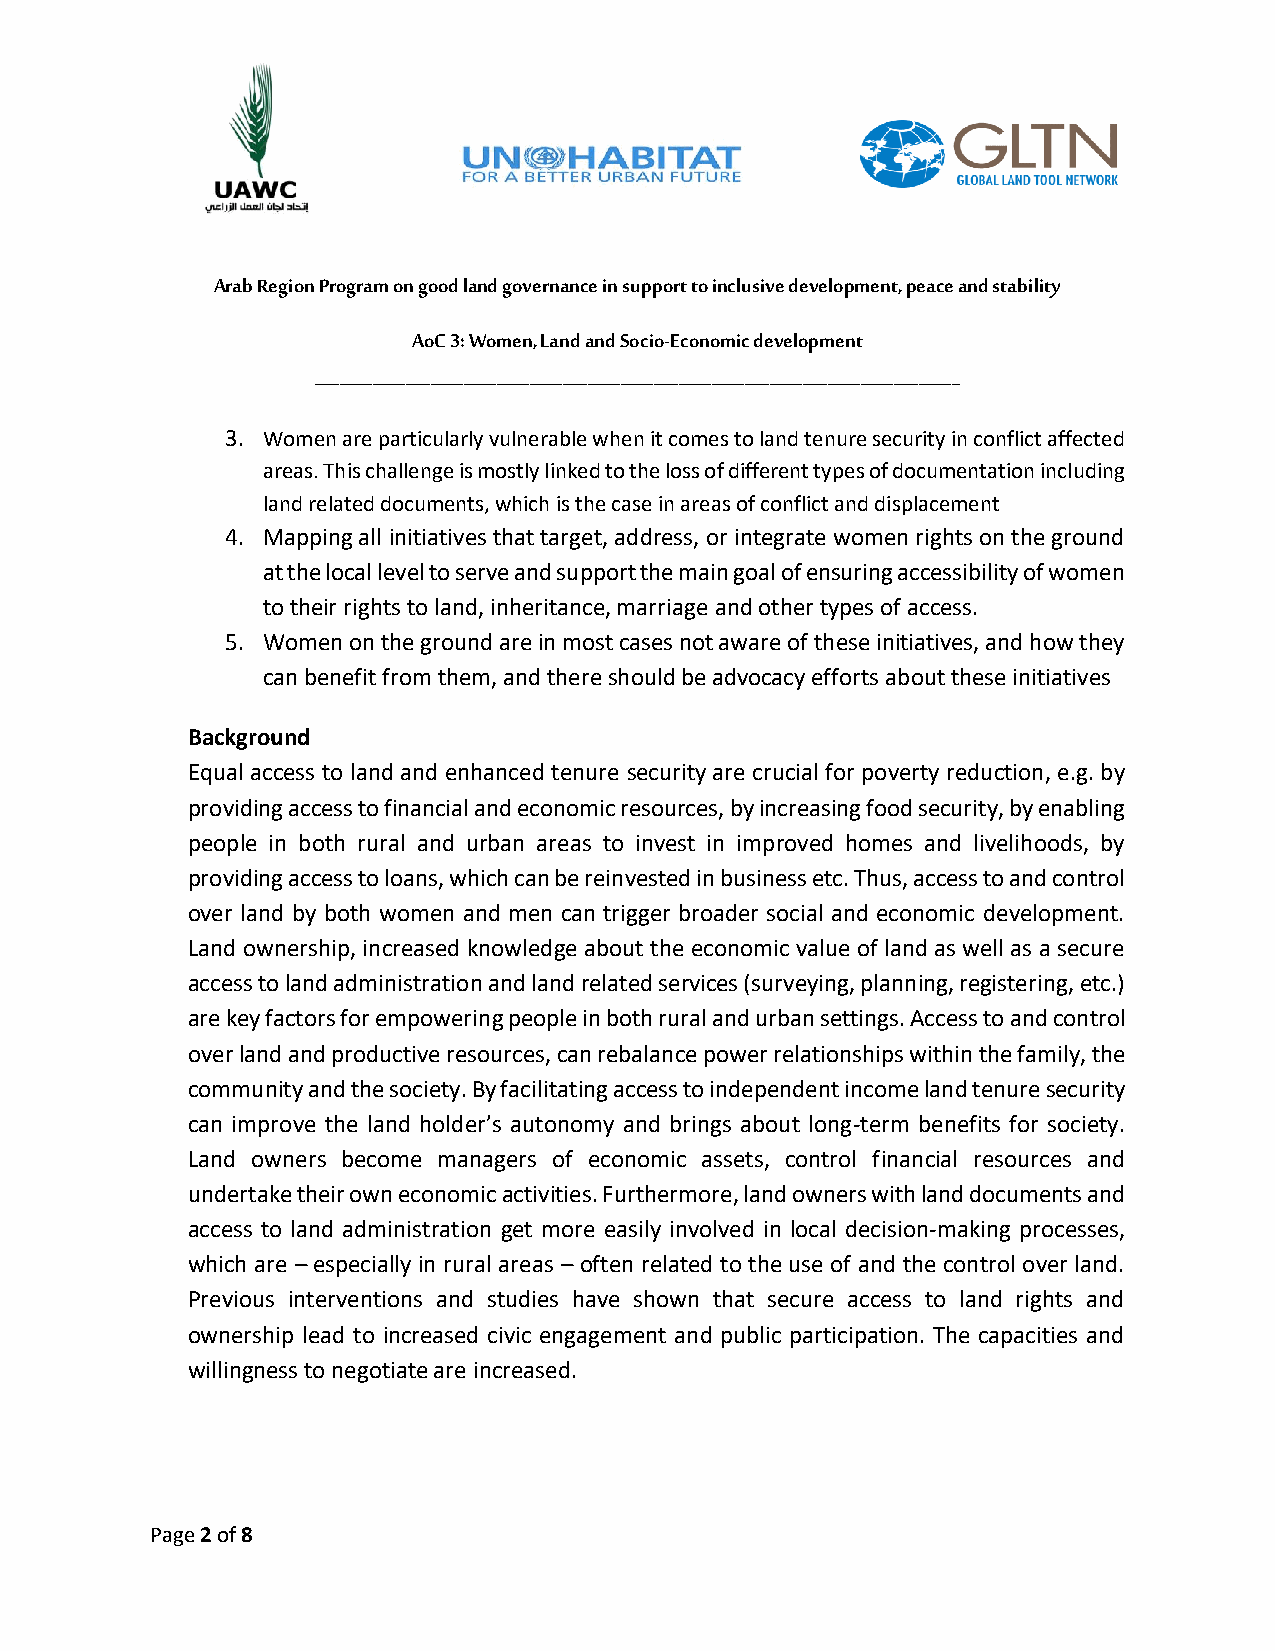
Arab Region Program on good land governance in support to inclusive development, peace and stability
 AoC 3: Women, Land and Socio-Economic development
 ______________________________________________________________________________
 3. Women are particularly vulnerable when it comes to land tenure security in conflict affected
 areas. This challenge is mostly linked to the loss of different types of documentation including
 land related documents, which is the case in areas of conflict and displacement
 4. Mapping all initiatives that target, address, or integrate women rights on the ground
 at the local level to serve and support the main goal of ensuring accessibility of women
 to their rights to land, inheritance, marriage and other types of access.
 5. Women on the ground are in most cases not aware of these initiatives, and how they
 can benefit from them, and there should be advocacy efforts about these initiatives
 Background
 Equal access to land and enhanced tenure security are crucial for poverty reduction, e.g. by
 providing access to financial and economic resources, by increasing food security, by enabling
 people in both rural and urban areas to invest in improved homes and livelihoods, by
 providing access to loans, which can be reinvested in business etc. Thus, access to and control
 over land by both women and men can trigger broader social and economic development.
 Land ownership, increased knowledge about the economic value of land as well as a secure
 access to land administration and land related services (surveying, planning, registering, etc.)
 are key factors for empowering people in both rural and urban settings. Access to and control
 over land and productive resources, can rebalance power relationships within the family, the
 community and the society. By facilitating access to independent income land tenure security
 can improve the land holder’s autonomy and brings about long-term benefits for society.
 Land owners become managers of economic assets, control financial resources and
 undertake their own economic activities. Furthermore, land owners with land documents and
 access to land administration get more easily involved in local decision-making processes,
 which are – especially in rural areas – often related to the use of and the control over land.
 Previous interventions and studies have shown that secure access to land rights and
 ownership lead to increased civic engagement and public participation. The capacities and
 willingness to negotiate are increased.
 Page 2 of 8